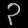
Digit: ၃